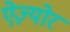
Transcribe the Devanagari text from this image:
ऐज़्योर